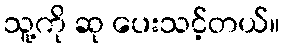
သူ့ကို ဆု ပေးသင့်တယ်။